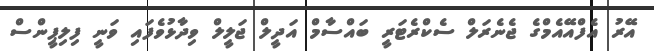
އޭރު އެފްއޭއެމްގެ ޖެނެރަލް ސެކްރެޓަރީ ބައްސާމް އަދީލް ޖަލީލް ވިދާޅުވެފައި ވަނީ ފިލިޕީންސް